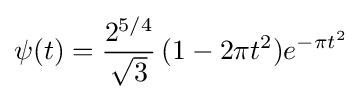
\psi (t)={\frac {2^{5/4}}{\sqrt {3}}}\,(1-2\pi t^{2})e^{-\pi t^{2}}